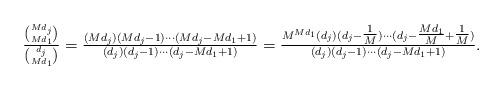
LaTeX: \begin{align*} \tfrac{\binom{Md_j}{Md_1}}{\binom{d_j}{Md_1}} = \tfrac{(Md_j)(Md_j-1)\cdots (Md_j-Md_1+1)}{(d_j)(d_j-1)\cdots (d_j-Md_1+1)} = \tfrac{M^{Md_1} (d_j)(d_j-\tfrac{1}{M})\cdots (d_j-\tfrac{Md_1}{M}+\tfrac{1}{M})}{(d_j)(d_j-1)\cdots (d_j-Md_1+1)}. \end{align*}